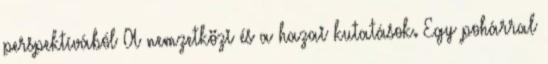
perspektívából A nemzetközi és a hazai kutatások. Egy pohárral